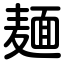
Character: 麺